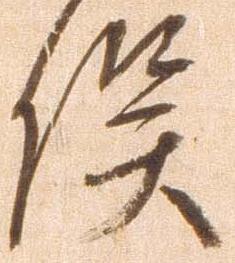
俣